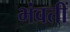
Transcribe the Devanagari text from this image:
भंवतीं